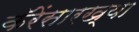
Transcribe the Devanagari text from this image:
कॅरेंसारख्या